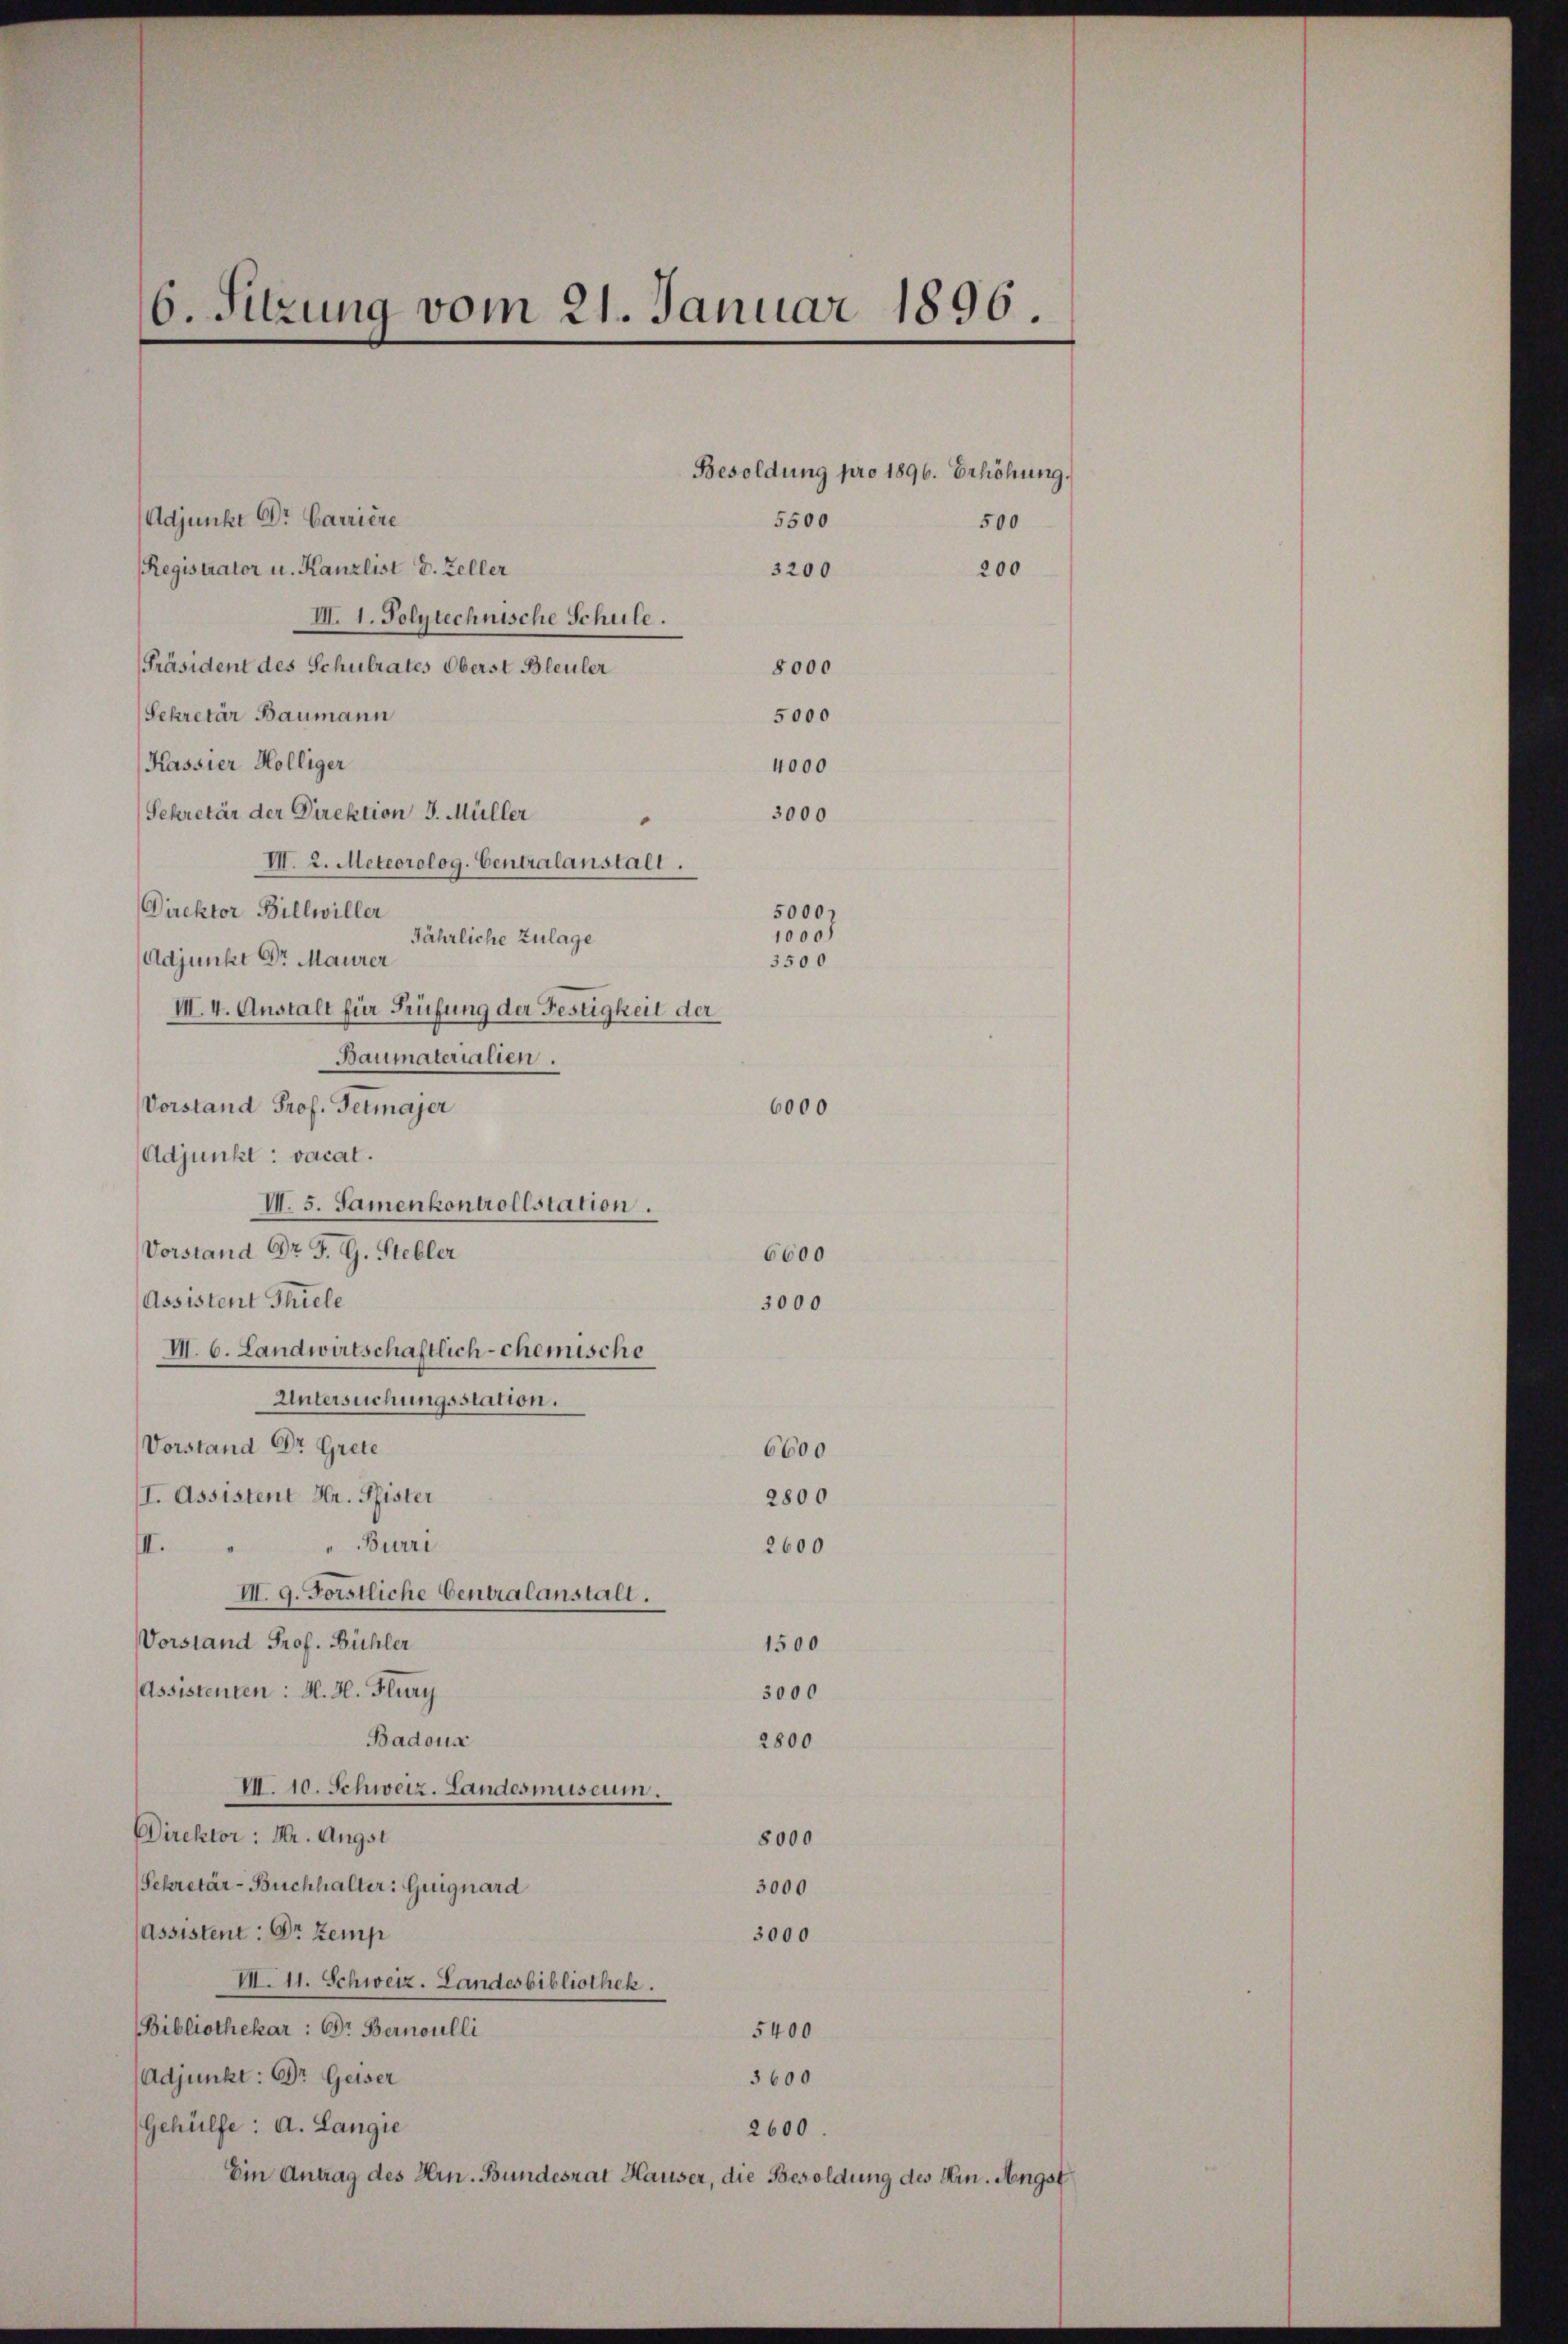
6. Sitzung vom 21. Januar 1896.

Adjunkt Dr. Carriere
Registrator u. Kanzlist d. Zeller
III. 1. Polytechnische Schule.
[Präsident des Schulrates Oberst Bleuler
8000
Sekretär Baumann
5000
Kassier Hölliger
4000
Sekretär der Direktion J. Müller
3000
VII. 2. Meteorolog. Centralanstall.
Direktor Billwiller
5000.
1000)
Jährliche Zulage
Adjunkt Dr Maurer
3500
III. 4. Anstalt für Prüfung der Festigkeit der
Baumaterialien.
Vorstand Prof. Tetmajer
6000
Adjunkt: vacat.
VI. 5. Samenkontrollstation.
Vorstand Dr. J. G. Stebler
Assistent Thiele
III. 6. Landwirtschaftlich-chemische
Untersuchungsstation.
Vorstand Dr. Grete
6600
I. Assistent Hr. Pfister
2800
III. " " Burri
2600
III. 9. Förstliche Centralanstalt.
Vorstand Prof. Bühler
1500
Assistenten: H. H. Flury
3000
Badous
2800
VII. 10. Schweiz. Landesmuseum
Direktor : Hr. Angst
8000
Sekretär-Buchhalter: Guignard
3000
Assistent: Dr Zemp
3000
VII. 11. Schweiz. Landesbibliothek.
Bibliothekar: Dr. Bernoulli
5400
Adjunkt: Dr. Geiser
3600
Gehülfe: A. Langie
2600
Ein Antrag des Hrn. Bundesrat Hauser, die Besoldung des Hrn. Angst

6600
3000

Besoldung pro 1896. Erhöhung.
5500
500
200
3200